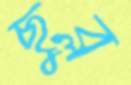
ছুব্‌ল